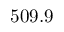
5 0 9 . 9